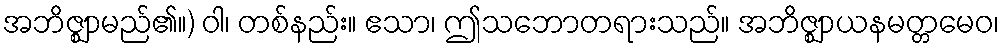
အဘိဇ္ဈာမည်၏။) ဝါ၊ တစ်နည်း။ ဧသာ၊ ဤသဘောတရားသည်။ အဘိဇ္ဈာယနမတ္တမေဝ၊